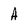
Character: A